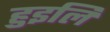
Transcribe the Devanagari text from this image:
हुइलि